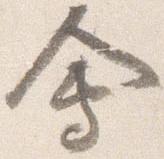
会